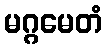
မဂ္ဂမေတံ